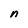
Character: n